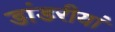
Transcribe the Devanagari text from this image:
डांडरीयां